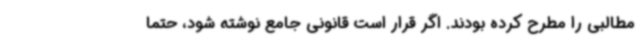
مطالبی را مطرح کرده بودند. اگر قرار است قانونی جامع نوشته شود، حتما